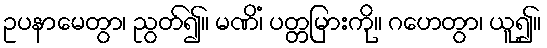
ဥပနာမေတွာ၊ ညွတ်၍။ မဏိံ၊ ပတ္တမြားကို။ ဂဟေတွာ၊ ယူ၍။